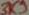
Text: 3K3